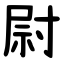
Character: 尉